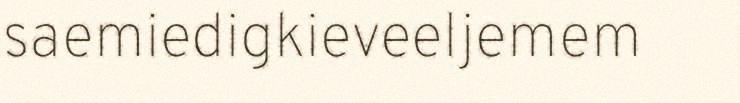
saemiedigkieveeljemem